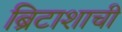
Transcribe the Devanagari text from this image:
ब्रिटाशाची